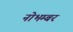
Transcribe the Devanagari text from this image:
नोभम्बर